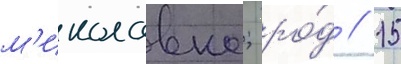
м'иколавна; ро́д // 15